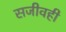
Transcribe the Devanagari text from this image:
सजीवही